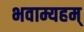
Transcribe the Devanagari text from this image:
भवाम्यहम्